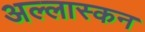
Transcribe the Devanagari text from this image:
अल्लास्कन